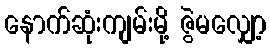
နောက်ဆုံးကျမ်းမို့ ဇွဲမလျှော့